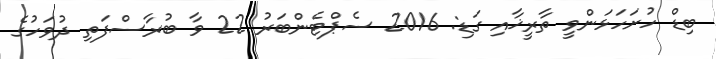
ބިޑް ހުށަހަޅަންވީ ތާރީޚާއި ގަޑި: 2016 ސެޕްޓެންބަރު 22 ވާ ބުރާސްފަތި ދުވަހުގެ